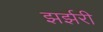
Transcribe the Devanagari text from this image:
झर्झरी